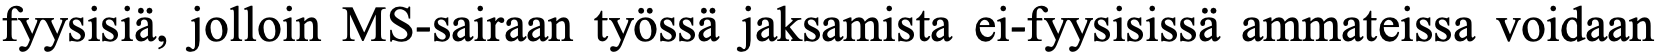
fyysisiä, jolloin MS-sairaan työssä jaksamista ei-fyysisissä ammateissa voidaan